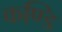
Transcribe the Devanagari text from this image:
कण्डि